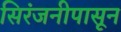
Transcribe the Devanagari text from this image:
सिरंजनीपासून